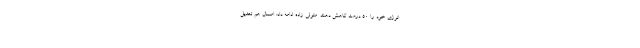
انرژی خود را ۵۰ درصد کاهش دهند. متولی زاده ادامه داد: امسال هم تعدیل